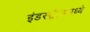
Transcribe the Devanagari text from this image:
इंडस्ट्रीजमध्ये